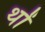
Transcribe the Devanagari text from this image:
थों